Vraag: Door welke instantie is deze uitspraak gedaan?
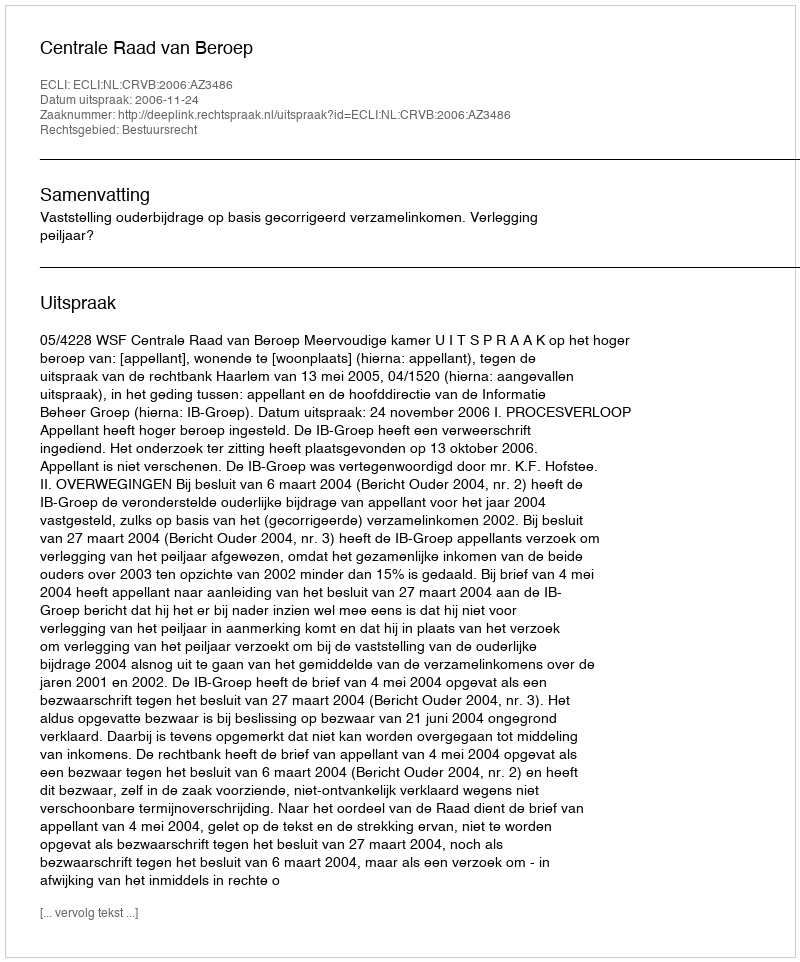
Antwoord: Centrale Raad van Beroep